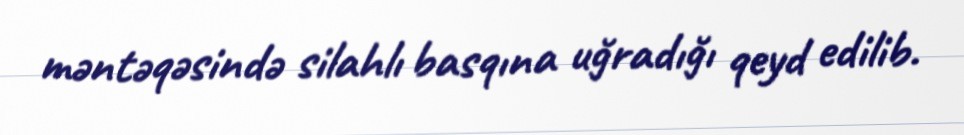
məntəqəsində silahlı basqına uğradığı qeyd edilib.